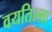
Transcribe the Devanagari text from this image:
वयतिल्ला